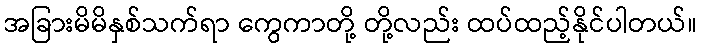
အခြားမိမိနှစ်သက်ရာ ကွေကာတို့ တို့လည်း ထပ်ထည့်နိုင်ပါတယ်။